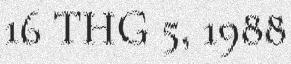
16 THG 5, 1988